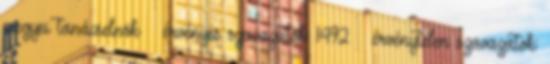
megyei tanácselnök – érvényes szavazatok: 1492 – érvénytelen szavazatok: